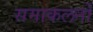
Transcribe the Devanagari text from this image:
समाकलनों